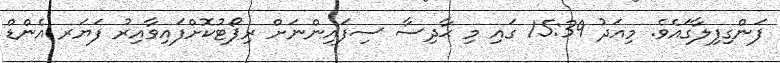
ފަންގިފިލާގައެވެ. މިއަދު 15:39 ގައި މި ޙާދިސާ ސިފައިންނަށް ރިޕޯޓުކޮށްފައިވާއިރު ފަޔަރ އެންޑް